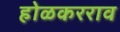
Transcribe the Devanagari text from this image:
होळकरराव